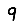
Digit: 9